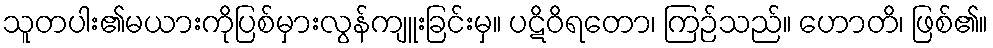
သူတပါး၏မယားကိုပြစ်မှားလွန်ကျူးခြင်းမှ။ ပဋိဝိရတော၊ ကြဉ်သည်။ ဟောတိ၊ ဖြစ်၏။